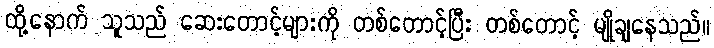
ထို့နောက် သူသည် ဆေးတောင့်များကို တစ်တောင့်ပြီး တစ်တောင့် မျိုချနေသည်။